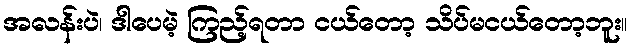
အလန်းပဲ၊ ဒါပေမဲ့ ကြည့်ရတာ ငယ်တော့ သိပ်မငယ်တော့ဘူး။